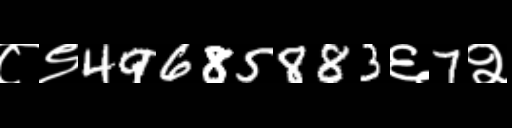
Text: ८९49685883६7२